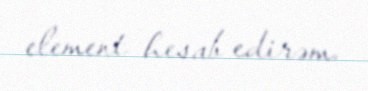
element hesab edirəm.